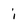
Character: i